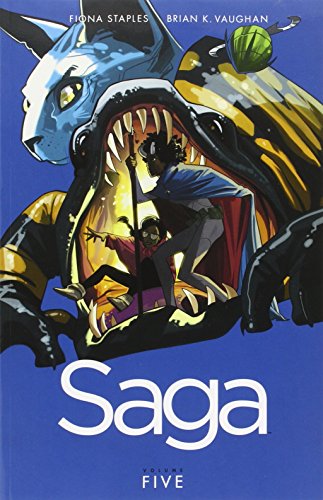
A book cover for Saga Volume 5 (Saga Tp); Brian K. Vaughan; Comics & Graphic Novels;